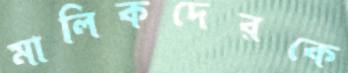
মালিকদেরকে